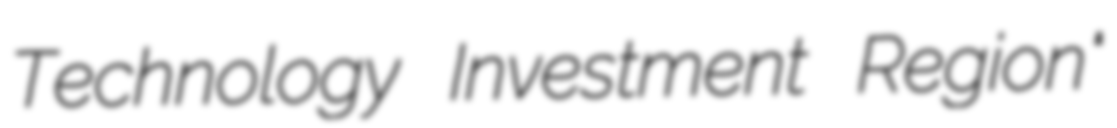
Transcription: Technology Investment Region"